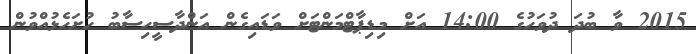
2015 ވާ ބުދަ ދުވަހުގެ 14:00 އަށް މިޑިޕާޓްމަންޓަށް ވަޑައިގެން އަންދާސީހިސާބު ހުށަހެޅުއްވުން